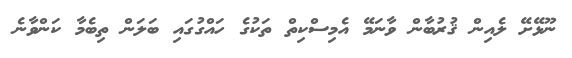
ނޫޅޭށޭ ލެއިން ޤުރުބާން ވާނަމޭ އެމިސްކިތް ތަކުގެ ހައްގުގައި ބަލަން ތިބެމާ ކަންވާނެ